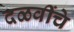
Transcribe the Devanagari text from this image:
दळवींचे